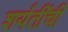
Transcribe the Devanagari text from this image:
शर्यतींची